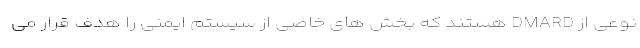
نوعی از DMARD هستند که بخش های خاصی از سیستم ایمنی را هدف قرار می